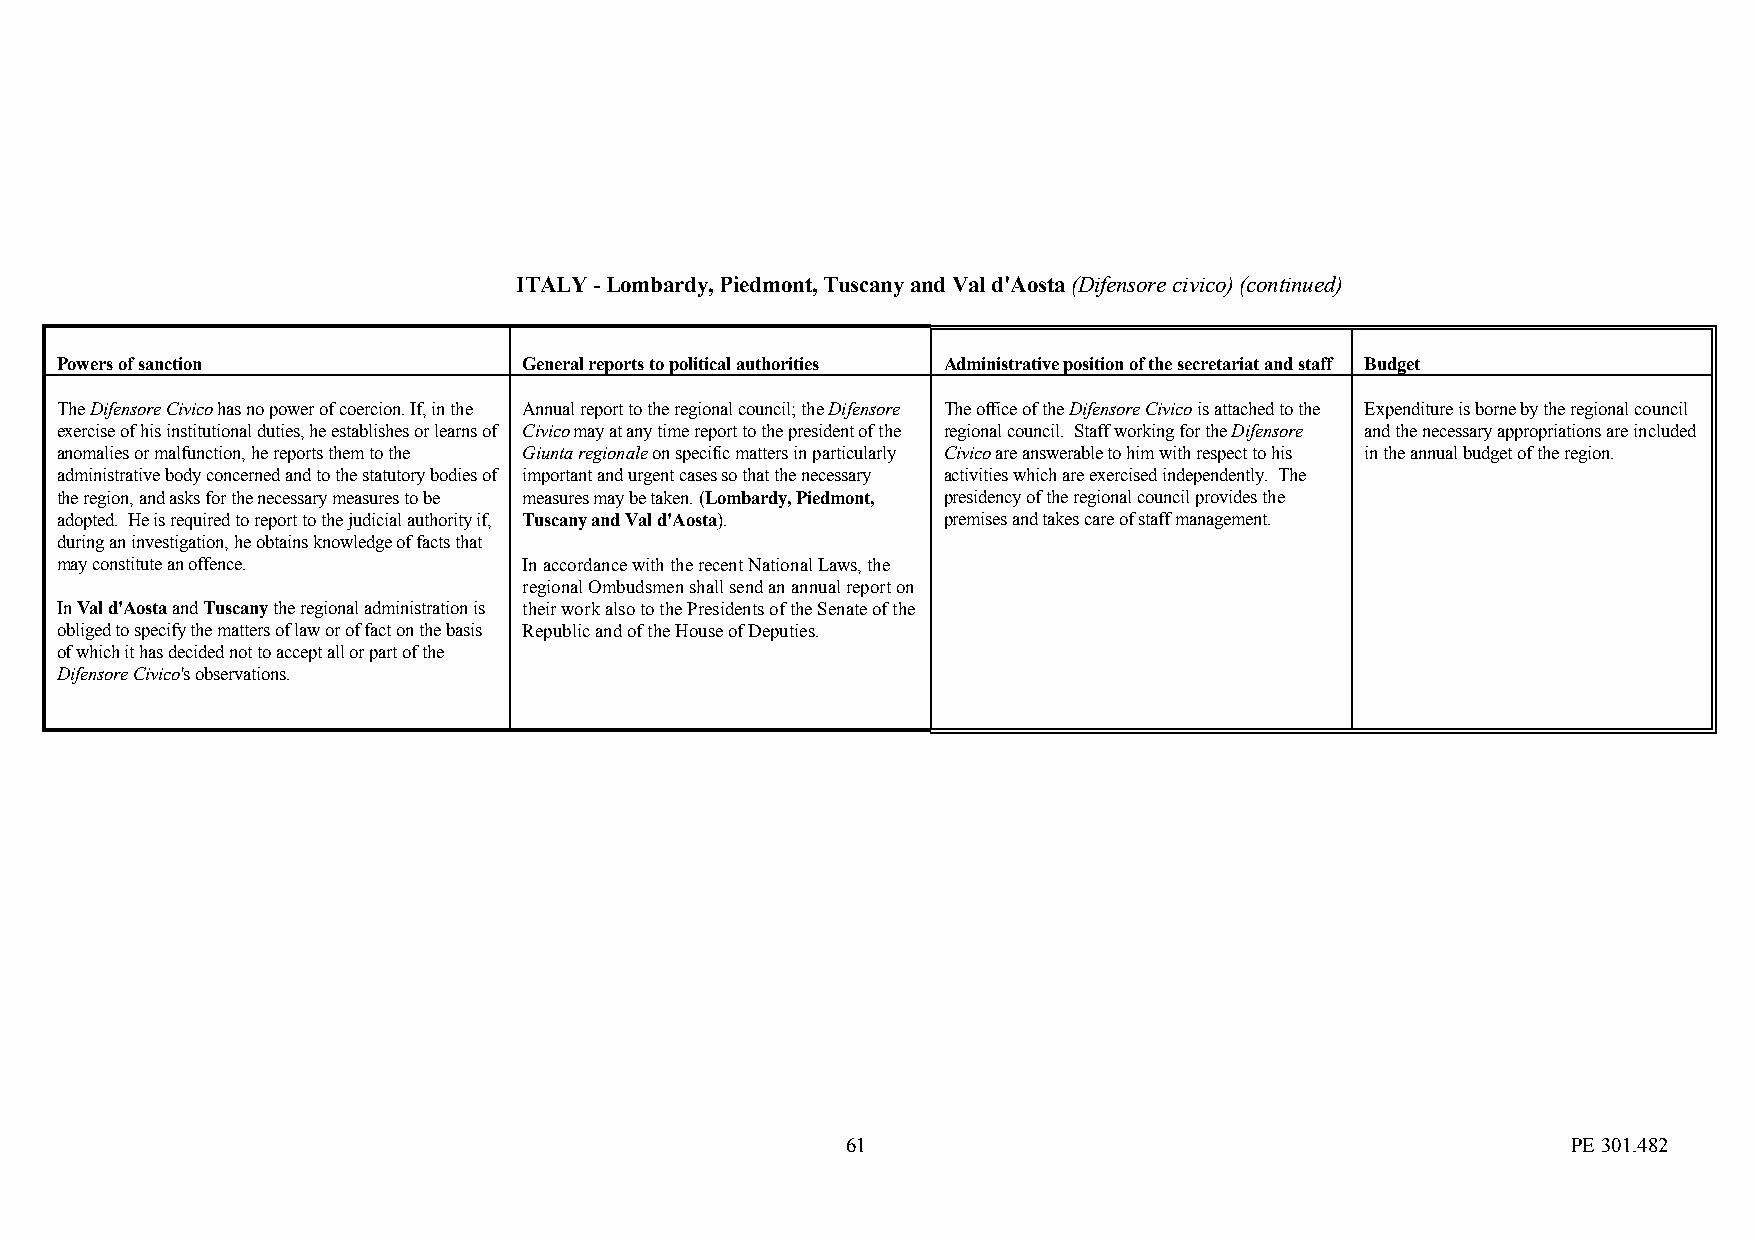
ITALY - Lombardy, Piedmont, Tuscany and Val d'Aosta (Difensore civico) (continued)
 Powers of sanction             General reports to political authorities Administrative position of the secretariat and staff Budget
 The Difensore Civico has no power of coercion. If, in the Annual report to the regional council; the Difensore The office of the Difensore Civico is attached to the Expenditure is borne by the regional council
 exercise of his institutional duties, he establishes or learns of Civico may at any time report to the president of the regional council. Staff working for the Difensore and the necessary appropriations are included
 anomalies or malfunction, he reports them to the Giunta regionale on specific matters in particularly Civico are answerable to him with respect to his in the annual budget of the region.
 administrative body concerned and to the statutory bodies of important and urgent cases so that the necessary activities which are exercised independently. The
 the region, and asks for the necessary measures to be measures may be taken. (Lombardy, Piedmont, presidency of the regional council provides the
 adopted. He is required to report to the judicial authority if, Tuscany and Val d'Aosta). premises and takes care of staff management.
 during an investigation, he obtains knowledge of facts that
 may constitute an offence.     In accordance with the recent National Laws, the
 regional Ombudsmen shall send an annual report on
 In Val d'Aosta and Tuscany the regional administration is their work also to the Presidents of the Senate of the
 obliged to specify the matters of law or of fact on the basis Republic and of the House of Deputies.
 of which it has decided not to accept all or part of the
 Difensore Civico's observations.
 61                                              PE 301.482